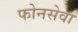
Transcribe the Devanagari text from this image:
फोनसेवा